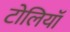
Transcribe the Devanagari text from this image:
टोलियॉ